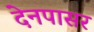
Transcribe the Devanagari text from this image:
देनपासर